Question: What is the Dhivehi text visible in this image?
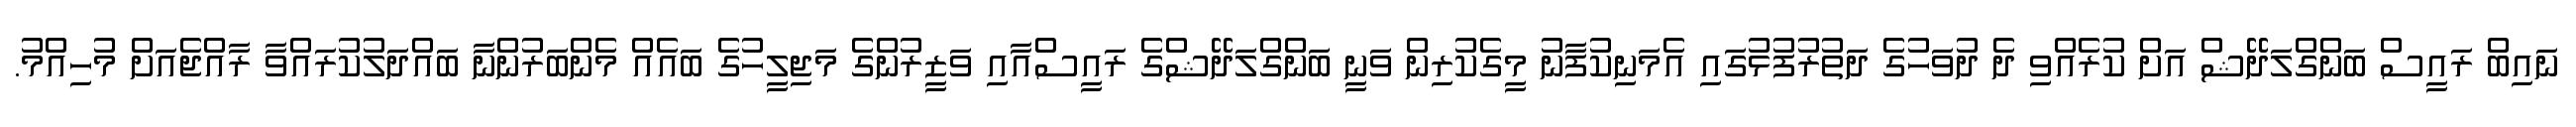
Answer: ނައިބް ރައީސް ބަންގްލަދޭޝް އަށް ކުރެއްވި ދެ ދުވަހުގެ ދަތުރުފުޅުގައި އެމަނިކުފާނު މީގެކުރިން ވަނީ ބަންގްލަދޭޝްގެ ރައީސްއާއި ވަޒީރުންގެ މަޖިލީހުގެ ބައެއް މެންބަރުންނާ ބައްދަލުކުރައްވާ ރާއްޖެއަށް މުހިއްމު.